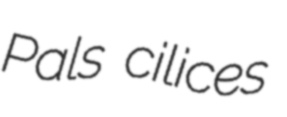
Pals cilices